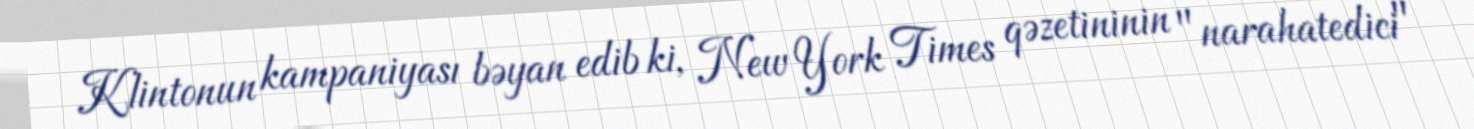
Klintonun kampaniyası bəyan edib ki, New York Times qəzetininin "narahatedici"